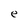
Character: e